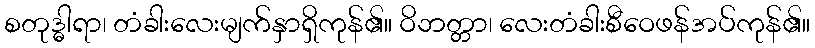
စတုဒ္ဓါရာ၊ တံခါးလေးမျက်နှာရှိကုန်၏။ ဝိဘတ္တာ၊ လေးတံခါးစီဝေဖန်အပ်ကုန်၏။